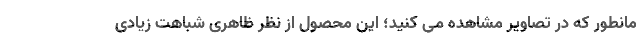
مانطور که در تصاویر مشاهده می کنید؛ این محصول از نظر ظاهری شباهت زیادی